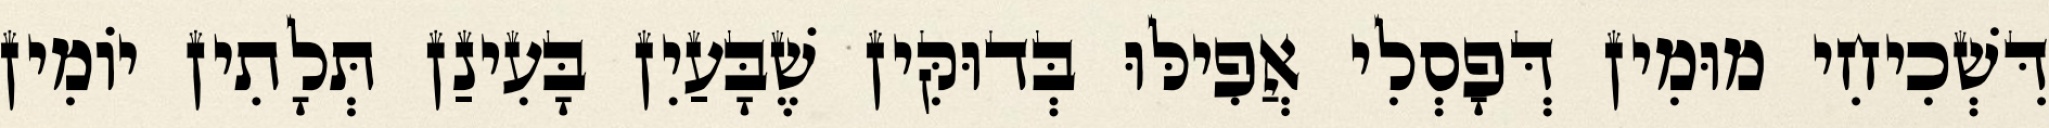
דִּשְׁכִיחִי מוּמִין דְּפָסְלִי אֲפִילּוּ בְּדוּקִּין שֶׁבָּעַיִן בָּעִינַן תְּלָתִין יוֹמִין